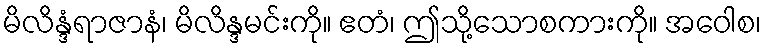
မိလိန္ဒံရာဇာနံ၊ မိလိန္ဒမင်းကို။ ဧတံ၊ ဤသို့သောစကားကို။ အဝေါစ၊